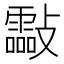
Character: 㪮